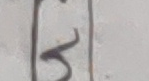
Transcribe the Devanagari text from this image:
५